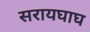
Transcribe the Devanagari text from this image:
सरायघाघ